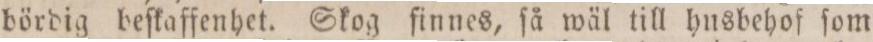
bördig beſkaffenhet. Skog finnes, ſå wäl till husbehof ſom